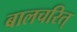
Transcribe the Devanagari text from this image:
बालचरित्